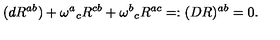
( d R ^ { a b } ) + \omega ^ { a } { } _ { c } R ^ { c b } + \omega ^ { b } { } _ { c } R ^ { a c } = : ( D R ) ^ { a b } = 0 .